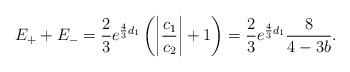
LaTeX: \begin{align*} E_+ + E_- = \frac{2}{3}e^{\frac{4}{3}d_1} \left(\left|\frac{c_1}{c_2}\right|+1\right) = \frac{2}{3}e^{\frac{4}{3}d_1} \frac{8}{4 - 3b} .\end{align*}